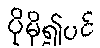
ပိုမို၍ပင်